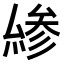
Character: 𠬊